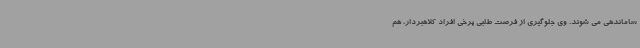
ساماندهی می شوند. وی جلوگیری از فرصت طلبی برخی افراد کلاهبردار، هم